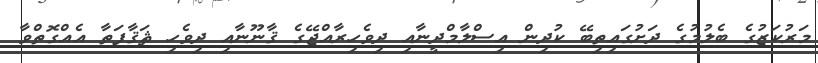
މަރުކަޒުގެ ބެލުމުގެ ދަށުގައިތިބޭ ކުދިން އިސްލާމްދީނާއި ދިވެހިރާއްޖޭގެ ޤާނޫނާއި ދިވެހި ޘަޤާފަތާ އެއްގޮތްވާ